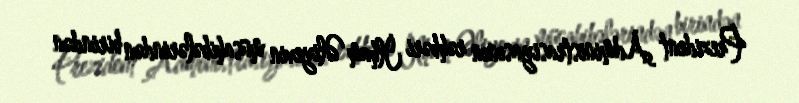
Prezident Administrasiyasının rəhbəri İlham Əliyevin müsahibələrindən birindən